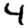
Digit: 4